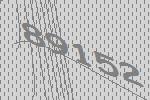
89152